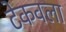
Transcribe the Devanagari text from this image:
टेकवला